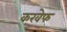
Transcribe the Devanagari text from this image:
करवेफ